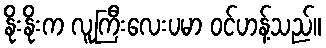
နိုးနိုးက လူကြီးလေးပမာ ဝင်ဟန့်သည်။